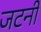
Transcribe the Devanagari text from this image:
जटनी